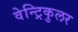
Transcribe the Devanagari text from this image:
वेन्ट्रिकुलर